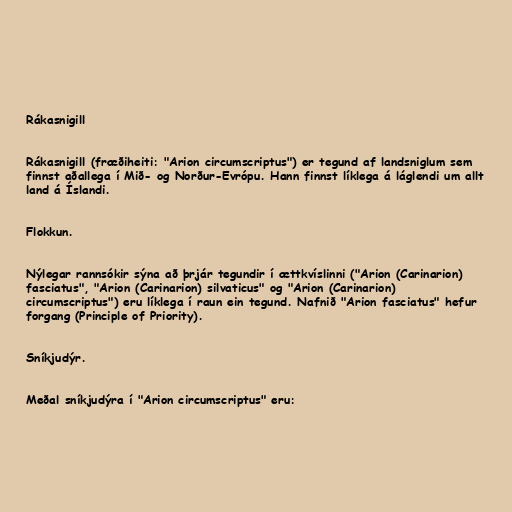
Rákasnigill

Rákasnigill (fræðiheiti: "Arion circumscriptus") er tegund af landsniglum sem
finnst aðallega í Mið- og Norður-Evrópu. Hann finnst líklega á láglendi um allt
land á Íslandi.

Flokkun.

Nýlegar rannsókir sýna að þrjár tegundir í ættkvíslinni ("Arion (Carinarion)
fasciatus", "Arion (Carinarion) silvaticus" og "Arion (Carinarion)
circumscriptus") eru líklega í raun ein tegund. Nafnið "Arion fasciatus" hefur
forgang (Principle of Priority).

Sníkjudýr.

Meðal sníkjudýra í "Arion circumscriptus" eru: